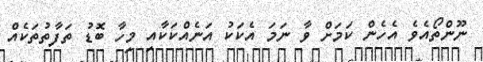
ނޫންތޯއެވެ އެހެން ކަމަށް ވާ ނަމަ އެކަކު އަނެއްކަކާއި މިހާ ބޮޑު ތަފާތުތަކެއް